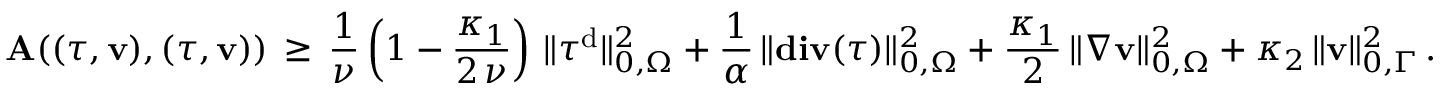
\mathbf { A } ( ( { \boldsymbol \tau } , { \mathbf { v } } ) , ( { \boldsymbol \tau } , { \mathbf { v } } ) ) \, \geq \, \frac { 1 } { \nu } \left( 1 - \frac { \kappa _ { 1 } } { 2 \, \nu } \right) \, \| { \boldsymbol \tau } ^ { \mathrm { d } } \| _ { 0 , \Omega } ^ { 2 } + \frac { 1 } { \alpha } \, \| \mathbf { d i v } ( { \boldsymbol \tau } ) \| _ { 0 , \Omega } ^ { 2 } + \frac { \kappa _ { 1 } } { 2 } \, \| \nabla { \mathbf { v } } \| _ { 0 , \Omega } ^ { 2 } + \kappa _ { 2 } \, \| { \mathbf { v } } \| _ { 0 , \Gamma } ^ { 2 } \, .